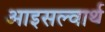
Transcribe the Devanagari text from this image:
आइसल्वार्थ